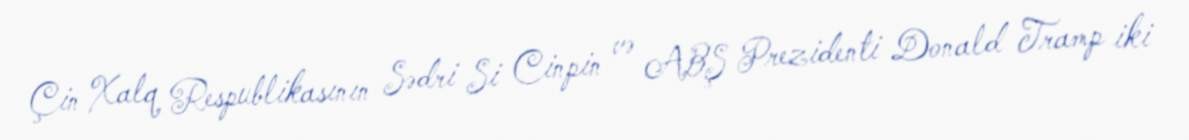
Çin Xalq Respublikasının Sədri Si Cinpin və ABŞ Prezidenti Donald Tramp iki